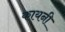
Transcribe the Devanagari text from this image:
कायनी